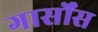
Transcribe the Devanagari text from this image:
गार्सोंस